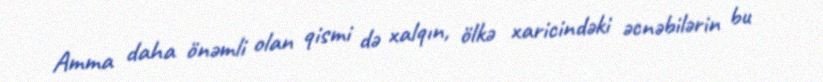
Amma daha önəmli olan qismi də xalqın, ölkə xaricindəki əcnəbilərin bu